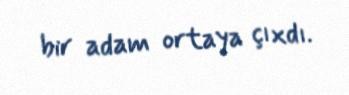
bir adam ortaya çıxdı.